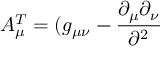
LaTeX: A _ { \mu } ^ { T } = ( g _ { \mu \nu } - \frac { \partial _ { \mu } \partial _ { \nu } } { \partial ^ { 2 } }